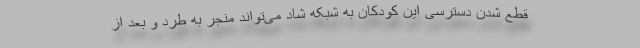
قطع شدن دسترسی این کودکان به شبکه شاد می‌تواند منجر به طرد و بعد از